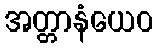
အတ္တာနံယေဝ